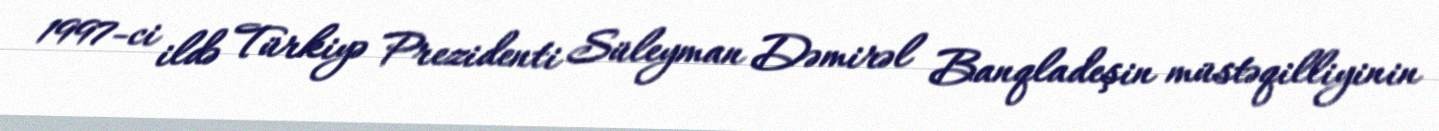
1997-ci ildə Türkiyə Prezidenti Süleyman Dəmirəl Banqladeşin müstəqilliyinin